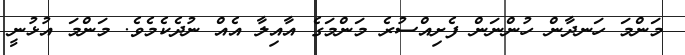
މަންމަ ހަނދާން ހުންނަން ފެށިއްސުރެ މަންމަގެ އާއިލާ އެއް ނުދެކެމެވެ. މަންމަ އުޅުނީ